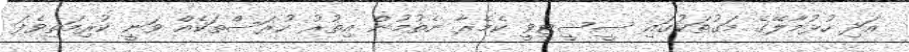
އަދި ހުޅުމާލޭގެ މަގުތަކުގައި ސީސީޓީވީ ކެމެރާ ނެތުމުން އިތުރު ހުރަސްތަކެއް ވަނީ ކުރިމަތިވެފަ